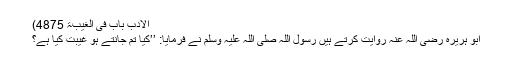
الادب باب فی الغیبۃ 4875)
ابو ہریرہ رضی اللہ عنہ روایت کرتے ہیں رسول اللہ صلی اللہ علیہ وسلم نے فرمایا: ’’کیا تم جانتے ہو غیبت کیا ہے؟